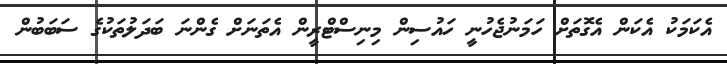
އެކަމަކު އެކަން އެގޮތަށް ހަމަނުޖެހުނީ ހައުސިން މިނިސްޓްރީން އެތަނަށް ގެންނަ ބަދަލުތަކުގެ ސަބަބުން